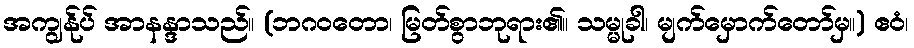
အကျွန်ုပ် အာနန္ဒာသည်။ (ဘဂဝတော၊ မြတ်စွာဘုရား၏။ သမ္မုခါ၊ မျက်မှောက်တော်မှ။) ဧဝံ၊